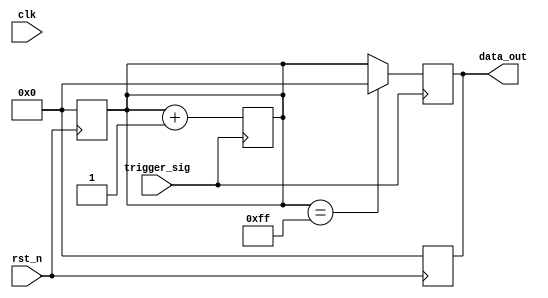
module negative_edge_trigger (
    input wire clk,          // Clock signal
    input wire rst_n,       // Active low reset signal
    input wire trigger_sig,  // Triggering signal for negative edge
    output reg [7:0] data_out // Example output data
);

// Internal variable to hold state
reg [7:0] internal_state;

// Asynchronous reset logic
always @(negedge rst_n) begin
    internal_state <= 8'b0;  // Initialize internal state on reset
    data_out <= 8'b0;        // Initialize output on reset
end

// Procedural block sensitive to negative edge of trigger_sig
always @(negedge trigger_sig) begin
    // Logic to be executed on negative edge
    // Example: Update internal state based on some condition
    internal_state <= internal_state + 1; // Increment internal state
    
    // Example: Update output data based on internal state
    if (internal_state == 8'hFF) begin
        data_out <= 8'h00; // Reset output if internal state reaches a certain value
    end else begin
        data_out <= internal_state; // Otherwise, output the internal state
    end
end

endmodule